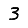
Digit: 3